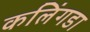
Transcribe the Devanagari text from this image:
कलिंगडा